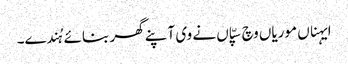
ایہناں موریاں وچ سپّاں نے وی آپنے گھر بنائے ہُندے۔